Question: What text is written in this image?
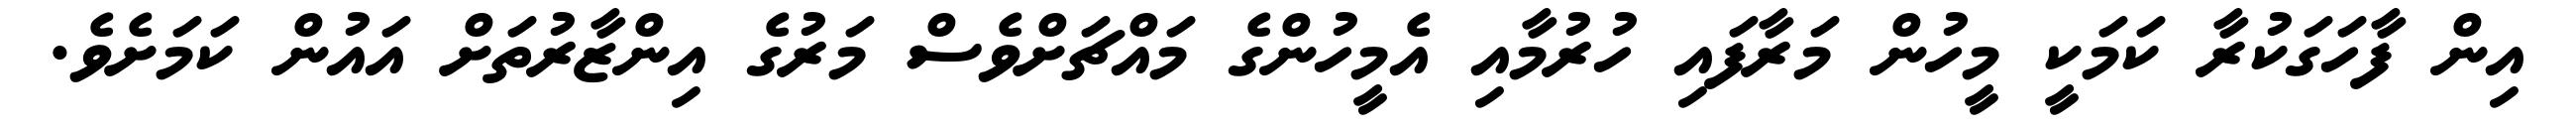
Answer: އިން ފާހަގަކުރާ ކަމަކީ މީހުން މަރާފައި ހުރުމާއި އެމީހުންގެ މައްޗަށްވެސް މަރުގެ އިންޒާރުތަށް އައުން ކަމަށެވެ.